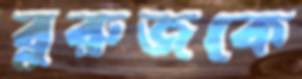
বুরুজকে